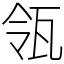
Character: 瓴